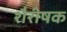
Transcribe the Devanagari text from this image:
शैरीषक